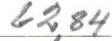
62,84